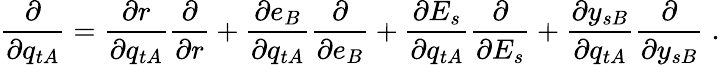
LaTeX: \frac{\partial}{\partial q_{tA}}=\frac{\partial r}{\partial q_{tA}}\frac{\partial}{\partial r}+\frac{\partial e_{B}}{\partial q_{tA}}\frac{\partial}{\partial e_{B}}+\frac{\partial E_{s}}{\partial q_{tA}}\frac{\partial}{\partial E_{s}}+\frac{\partial y_{sB}}{\partial q_{tA}}\frac{\partial}{\partial y_{sB}}\; .